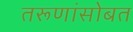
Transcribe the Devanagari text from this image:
तरूणांसोबत